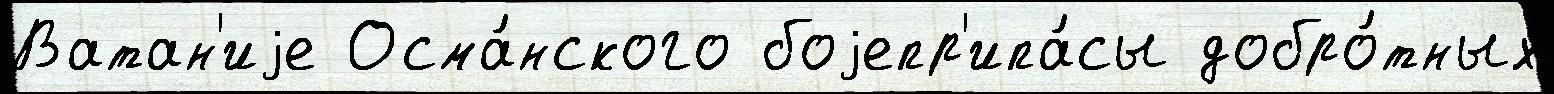
Ватан'иjе Осма́нского боjепр'ипа́сы добро́тных